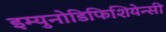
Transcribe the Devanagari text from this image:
इम्युनोडिफिशियेन्सी